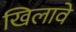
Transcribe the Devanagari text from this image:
खिलावे